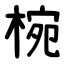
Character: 椀